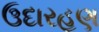
ઉદારહણ